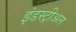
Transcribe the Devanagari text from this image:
इंडस्ट्रीअल